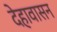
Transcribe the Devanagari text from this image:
देहावासन